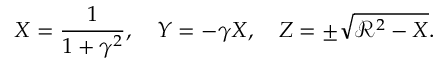
X = \frac { 1 } { 1 + \gamma ^ { 2 } } , \quad Y = - \gamma X , \quad Z = \pm \sqrt { { \mathcal R } ^ { 2 } - X } .